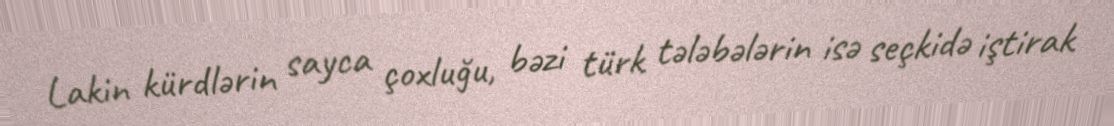
Lakin kürdlərin sayca çoxluğu, bəzi türk tələbələrin isə seçkidə iştirak